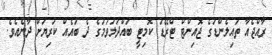
ރާއްޖެއާ ތައިލެންޑުގެ ޖޮއިންޓް ޓްރޭޑު ކޮމިޓީ ބައްދަލުވުމުގެ ދެ ބައެއް ކުރިޔަށް ދާނެއެވެ.